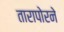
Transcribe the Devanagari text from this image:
तारापोरने